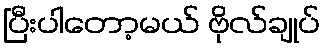
ပြီးပါတော့မယ် ဗိုလ်ချုပ်